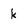
Character: k